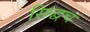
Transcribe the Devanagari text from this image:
सिद्धच